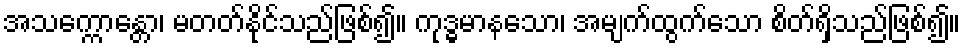
အသက္ကောန္တော၊ မတတ်နိုင်သည်ဖြစ်၍။ ကုဒ္ဓမာနသော၊ အမျက်ထွက်သော စိတ်ရှိသည်ဖြစ်၍။